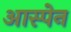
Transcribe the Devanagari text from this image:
आस्पेन